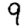
Digit: 9